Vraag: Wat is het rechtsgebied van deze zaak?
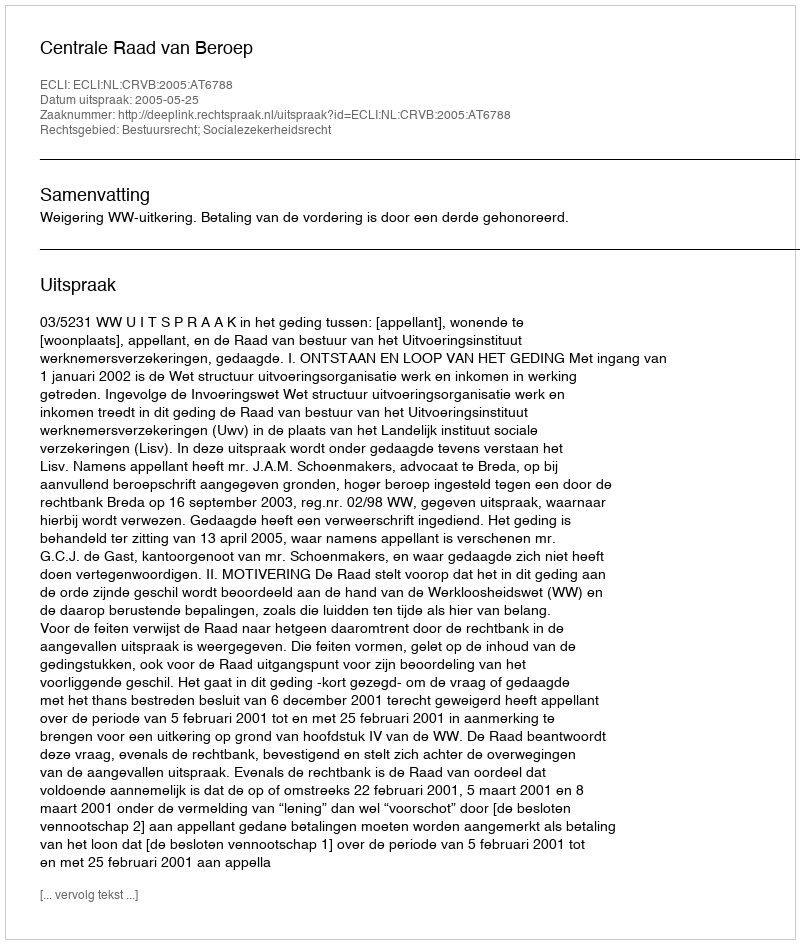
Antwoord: Bestuursrecht; Socialezekerheidsrecht